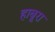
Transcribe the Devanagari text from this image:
हाबूरा